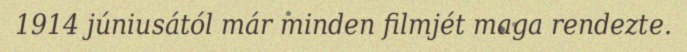
1914 júniusától már minden filmjét maga rendezte.